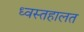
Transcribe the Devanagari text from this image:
ध्वस्तहालत